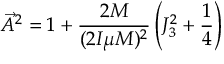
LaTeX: \vec { A } ^ { 2 } = 1 + \frac { 2 M } { ( 2 I \mu M ) ^ { 2 } } \left( J _ { 3 } ^ { 2 } + \frac { 1 } { 4 } \right)